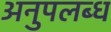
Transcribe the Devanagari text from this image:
अनुपलब्‍ध